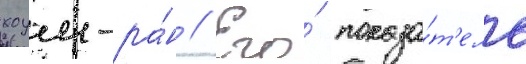
хоум-ра́н // Его́ показа́т'ель